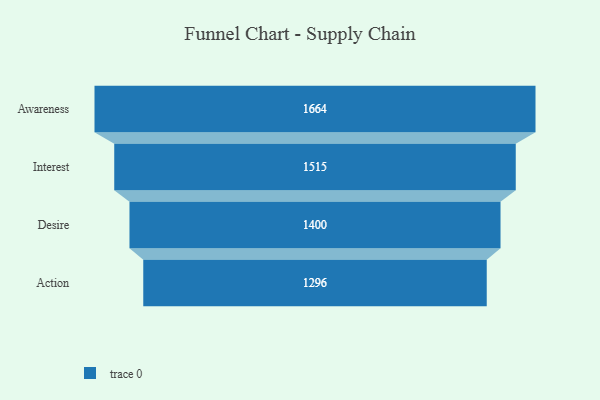
{"axis": {"x": "Stage", "y": "Value"}, "legend": [""], "data": [{"x": "Awareness", "y": 1664.0, "type": ""}, {"x": "Interest", "y": 1515.0, "type": ""}, {"x": "Desire", "y": 1400.0, "type": ""}, {"x": "Action", "y": 1296.0, "type": ""}]}